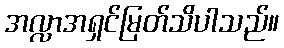
အလ္လာအရှင်မြတ်သိပါသည်။